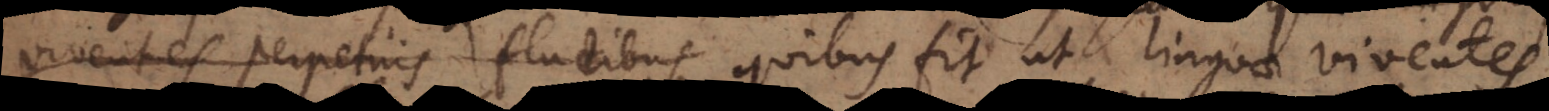
viventes perpetuis fluctibus quibus fit ut linguae viventes